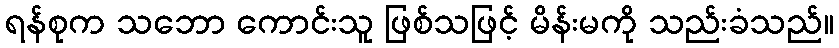
ရန်စုက သဘော ကောင်းသူ ဖြစ်သဖြင့် မိန်းမကို သည်းခံသည်။